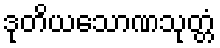
ဒုတိယသောဏသုတ္တံ